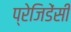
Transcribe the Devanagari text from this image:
प्रेजिडेंसी